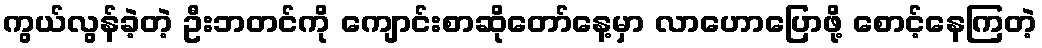
ကွယ်လွန်ခဲ့တဲ့ ဦးဘတင်ကို ကျောင်းစာဆိုတော်နေ့မှာ လာဟောပြောဖို့ စောင့်နေကြတဲ့